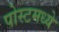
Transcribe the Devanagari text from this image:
पोस्टमध्ये